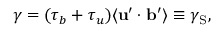
\gamma = ( \tau _ { b } + \tau _ { u } ) \langle { { \bf { u } } ^ { \prime } \cdot { \bf { b } } ^ { \prime } } \rangle \equiv \gamma _ { \mathrm { { S } } } ,